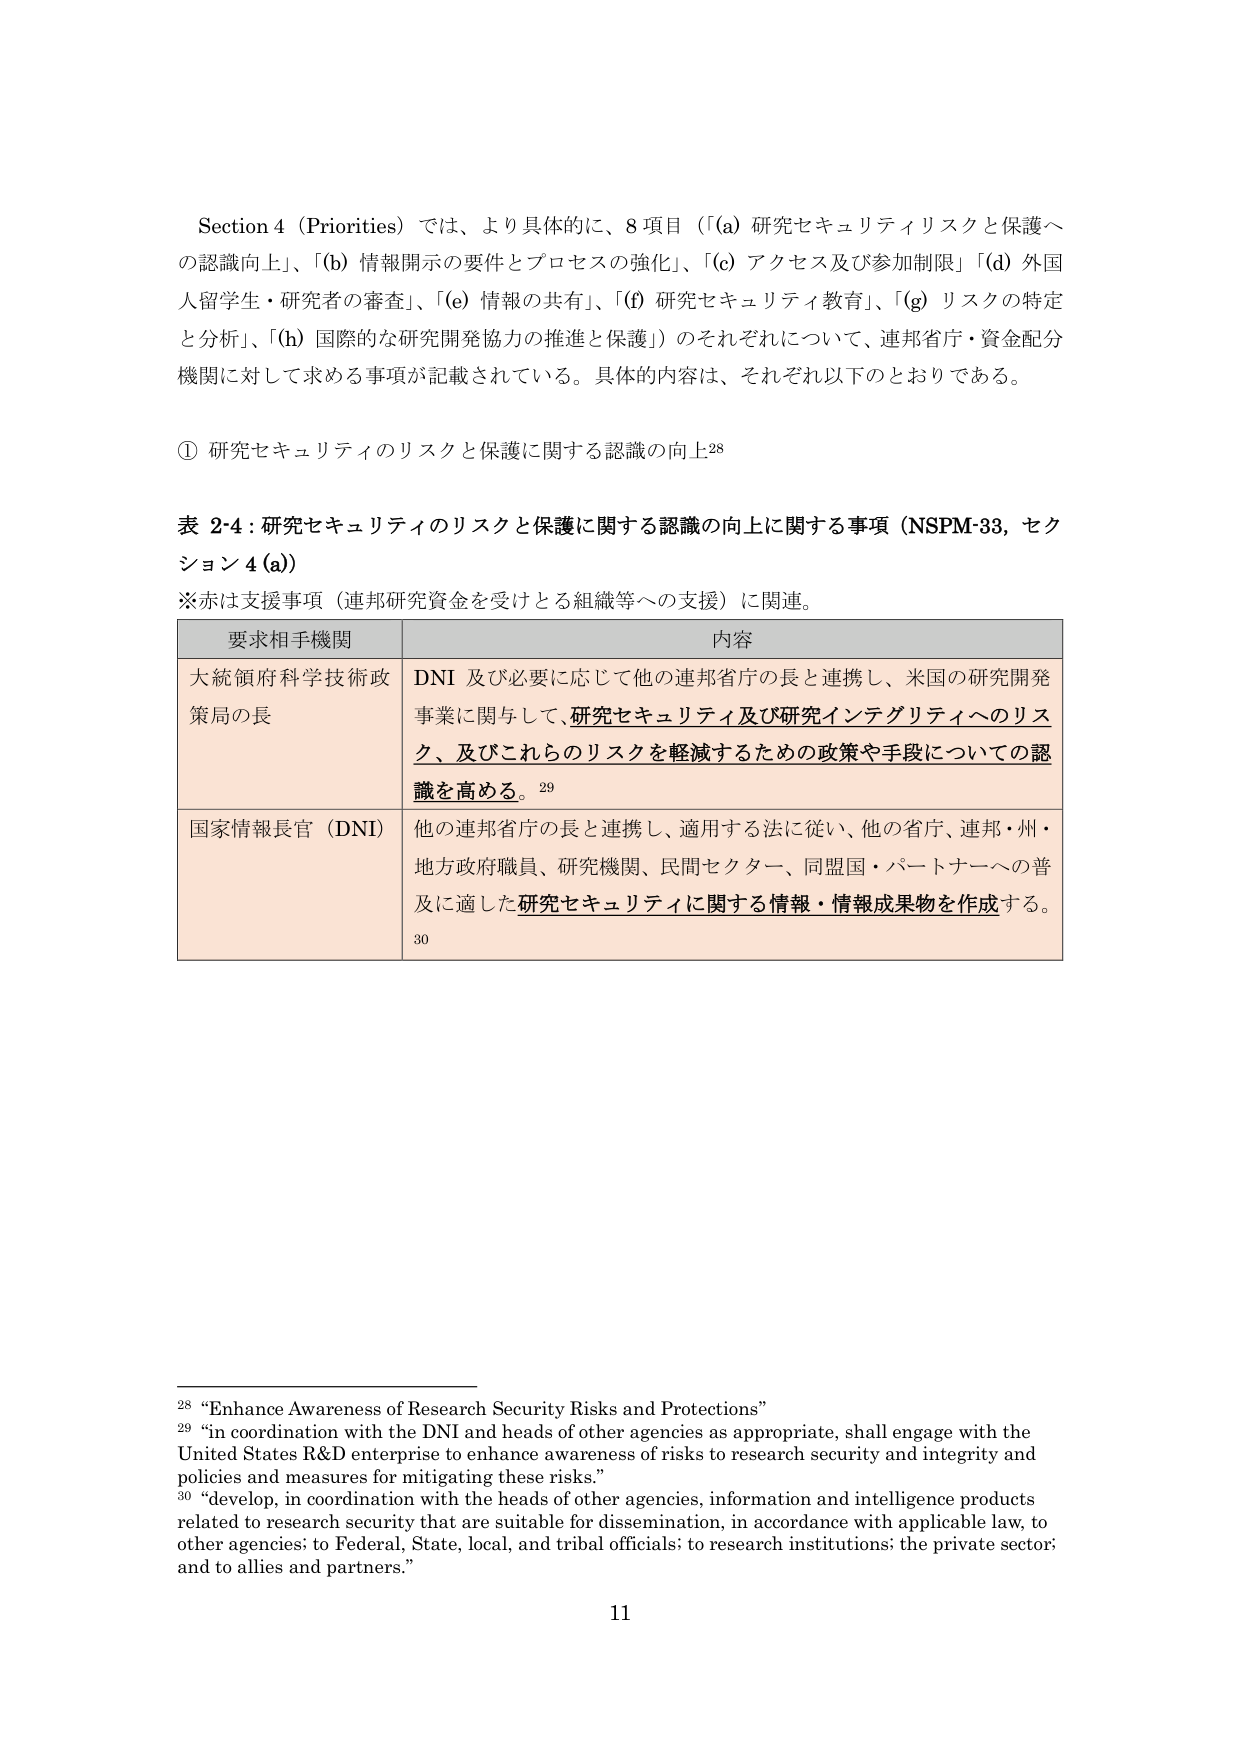
Section 4 (Priorities) では、より具体的に、8 項目（「(a) 研究セキュリティリスクと保護への認識向上」、「(b) 情報開示の要件とプロセスの強化」、「(c) アクセス及び参加制限」 「(d) 外国人留学生・研究者の審査」、「(e) 情報の共有」、「(f) 研究セキュリティ教育」、「(g) リスクの特定と分析」、「(h) 国際的な研究開発協力の推進と保護」）のそれぞれについて、連邦省庁・資金配分機関に対して求める事項が記載されている。具体的な内容は、それぞれ以下のとおりである。

① 研究セキュリティのリスクと保護に関する認識の向上28

表 2-4：研究セキュリティのリスクと保護に関する認識の向上に関する事項（NSPM-33, セクション 4 (a)）
※赤は支援事項（連邦研究資金を受けとる組織等への支援）に関連。

| 要求相手機関 | 内容 |
|--------------|------|
| 大統領府科学技術政策局の長 | DNI 及び必要に応じて他の連邦省庁の長と連携し、米国の研究開発事業に関して、研究セキュリティ及び研究インテグリティへのリスク、及びこれらのリスクを軽減するための政策や手段についての認識を高める。29 |
| 国家情報長官（DNI） | 他の連邦省庁の長と連携し、適用する法に従い、他の省庁、連邦・州・地方政府職員、研究機関、民間セクター、同盟国・パートナーへの普及に適した研究セキュリティに関する情報・情報成果物を作成する。30 |

28 “Enhance Awareness of Research Security Risks and Protections”
29 “in coordination with the DNI and heads of other agencies as appropriate, shall engage with the United States R&D enterprise to enhance awareness of risks to research security and integrity and policies and measures for mitigating these risks.”
30 “develop, in coordination with the heads of other agencies, information and intelligence products related to research security that are suitable for dissemination, in accordance with applicable law, to other agencies; to Federal, State, local, and tribal officials; to research institutions; the private sector; and to allies and partners.”

11